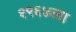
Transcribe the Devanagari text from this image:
१९६४ला